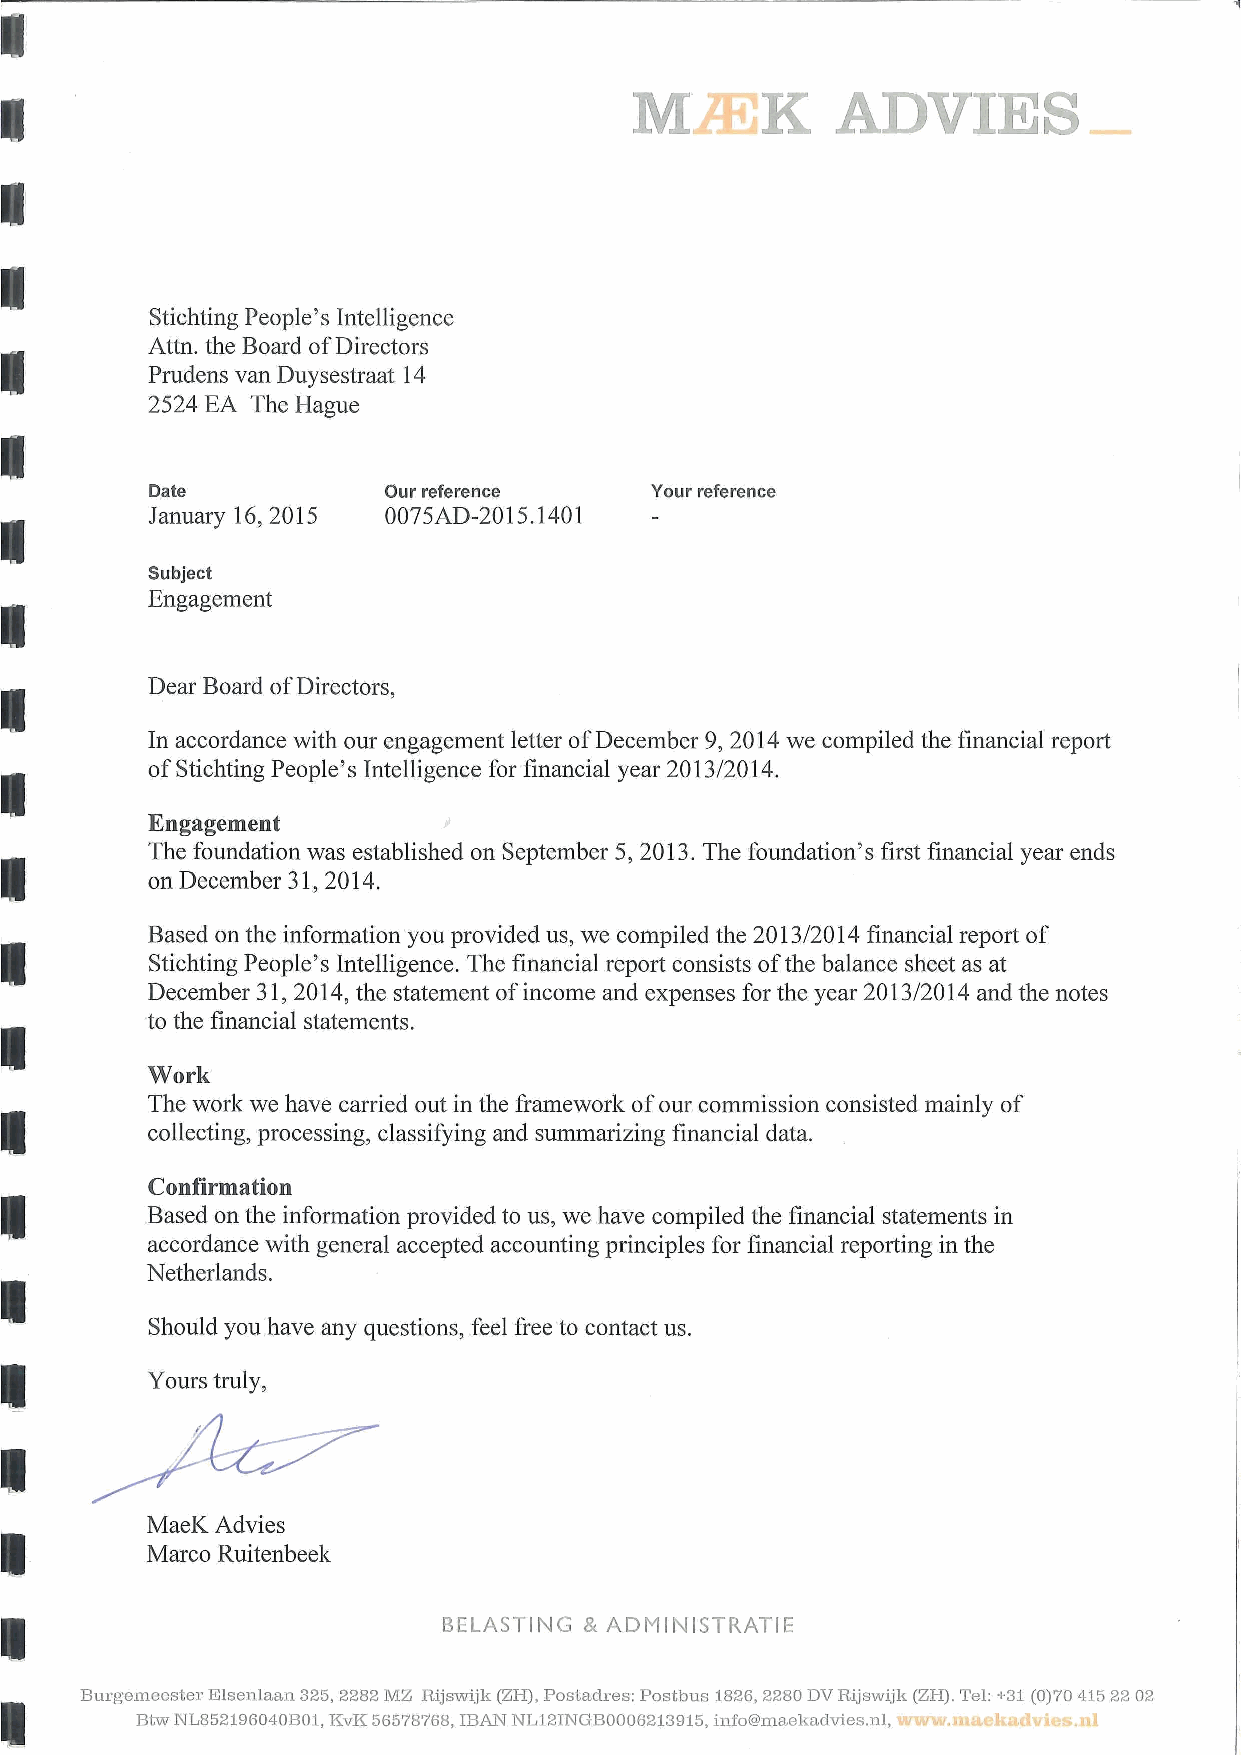
M   i EK     ADVIES
 Stichting People's Intelligence
 Attn, the Board of Directors
 Prudens van Duysestraat 14
 2524 EA The Hague
 Date           Our reference     Your reference
 January 16, 2015 0075AD-2015.1401
 Subject
 Engagement
 Dear Board of Directors,
 In accordance with our engagement letter of December 9, 2014 we compiled the financial report
 of Stichting People's Intelligence for financial year 2013/2014.
 Engagement
 The foundation was established on September 5, 2013. The foundation's first financial year ends
 on December 31, 2014.
 Based on the information you provided us, we compiled the 2013/2014 financial report of
 Stichting People's Intelligence. The financial report consists of the balance sheet as at
 December 31, 2014, the statement of income and expenses for the year 2013/2014 and the notes
 to the financial statements.
 Work
 The work we have carried out in the framework of our commission consisted mainly of
 collecting, processing, classifying and summarizing financial data.
 Confirmation
 Based on the information provided to us, we have compiled the financial statements in
 accordance with general accepted accounting principles for financial reporting in the
 Netherlands.
 Should you have any questions, feel free to contact us.
 Yours truly,
 MaeK Advies
 Marco Ruitenbeek
 BELASTING & ADMINISTRATIE
 Burgemeester Elsenlaan 325, 2282 MZ Rijswijk (ZH), Postadres: Postbus 1826, 2280 DV Rijswijk (ZH). Tel: +31 (0)70 415 22
 Btw NL852196040B01, KvK 56578768, IBAJM NL12INGB0006213915, info@maekadvles.nl, www.maekadvies.nl